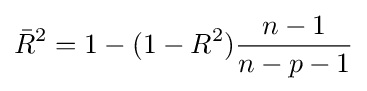
{\bar {R}}^{2}=1-(1-R^{2}){n-1 \over n-p-1}